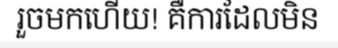
រួចមកហើយ! គឺការដែលមិន